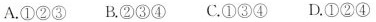
A.①②③ B.②③④ C.①③④ D.①②④